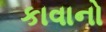
કાવાનો